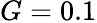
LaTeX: G=0.1